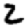
Digit: 2